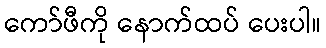
ကော်ဖီကို နောက်ထပ် ပေးပါ။